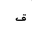
Letter: _qaf